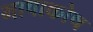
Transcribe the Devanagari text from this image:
भाषाकोष